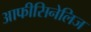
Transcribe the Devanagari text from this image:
आफीसिनेलिज